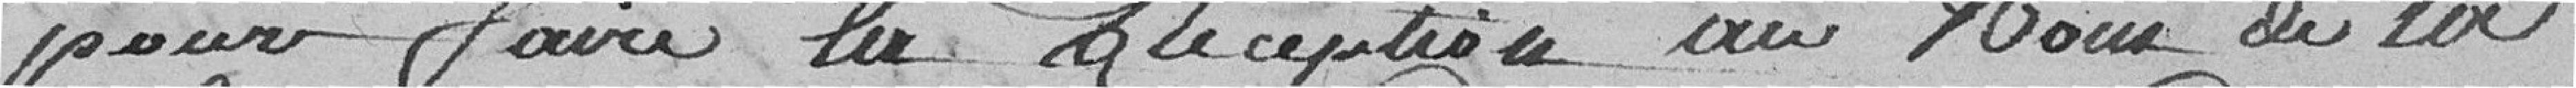
pour faire la Réception Nom de la